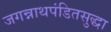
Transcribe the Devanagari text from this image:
जगन्नाथपंडितसुद्धा